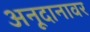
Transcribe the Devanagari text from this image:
अनूदानावर